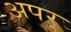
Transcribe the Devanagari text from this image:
अपर्